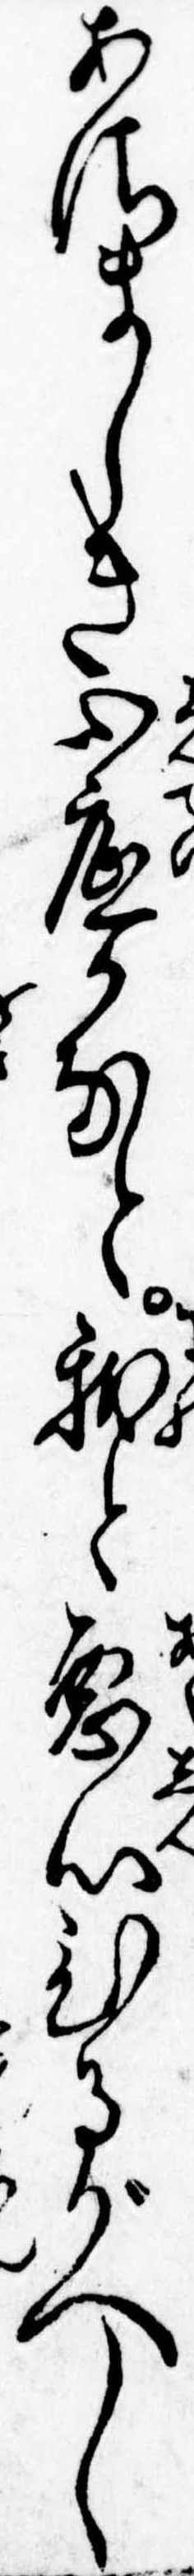
あさましき心底かなと我と悪心ひるがへし